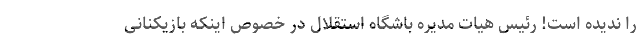
را ندیده است! رئیس هیات مدیره باشگاه استقلال در خصوص اینکه بازیکنانی